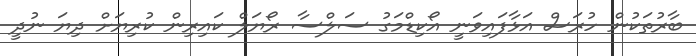
ބާރުތަކުން ހުރަސް އަޅާފައިވަނީ އޯކިޑްމަގު ސަލްސާ ރޯޔަލް ކައިރިން ކުރިޔަށް ދިޔަ ނުދީ